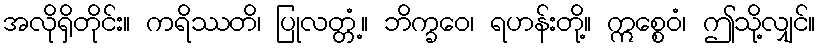
အလိုရှိတိုင်း။ ကရိဿတိ၊ ပြုလတ္တံ့။ ဘိက္ခဝေ၊ ရဟန်းတို့။ ဣစ္စေဝံ၊ ဤသို့လျှင်။